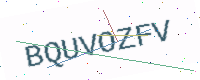
Text: BQUVOZFV